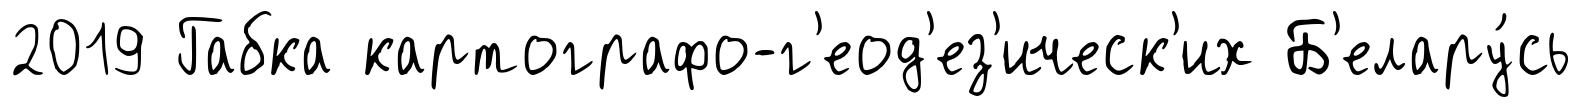
2019 Габка картографо-г'еод'ез'ическ'их Б'елару́сь